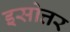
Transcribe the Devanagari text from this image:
इसोत्तर